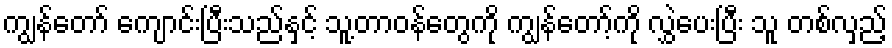
ကျွန်တော် ကျောင်းပြီးသည်နှင့် သူ့တာဝန်တွေကို ကျွန်တော့်ကို လွှဲပေးပြီး သူ တစ်လှည့်